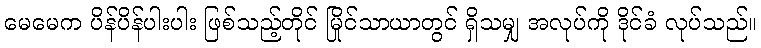
မေမေက ပိန်ပိန်ပါးပါး ဖြစ်သည့်တိုင် မြိုင်သာယာတွင် ရှိသမျှ အလုပ်ကို ဒိုင်ခံ လုပ်သည်။